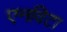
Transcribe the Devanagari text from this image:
एनविटा